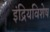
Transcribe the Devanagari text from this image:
इंद्रियविशेष